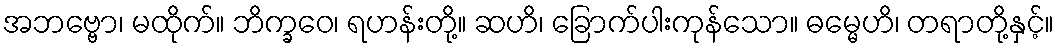
အဘဗ္ဗော၊ မထိုက်။ ဘိက္ခဝေ၊ ရဟန်းတို့။ ဆဟိ၊ ခြောက်ပါးကုန်သော။ ဓမ္မေဟိ၊ တရာတို့နှင့်။